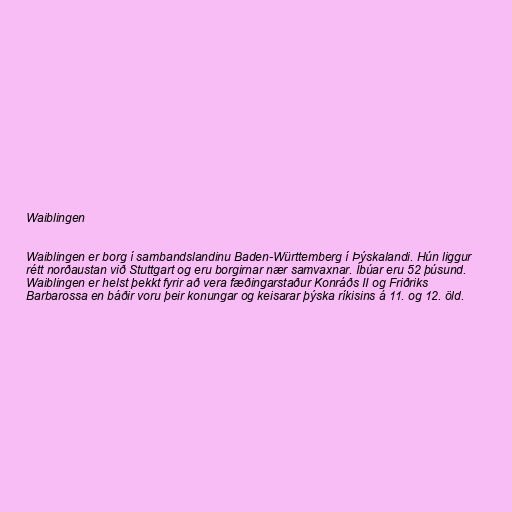
Waiblingen

Waiblingen er borg í sambandslandinu Baden-Württemberg í Þýskalandi. Hún liggur
rétt norðaustan við Stuttgart og eru borgirnar nær samvaxnar. Íbúar eru 52 þúsund.
Waiblingen er helst þekkt fyrir að vera fæðingarstaður Konráðs II og Friðriks
Barbarossa en báðir voru þeir konungar og keisarar þýska ríkisins á 11. og 12. öld.